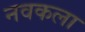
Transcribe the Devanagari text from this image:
नवकला